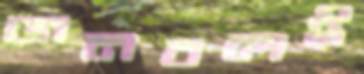
জনবলই